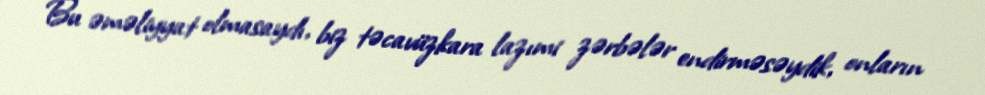
Bu əməliyyat olmasaydı, biz təcavüzkara lazımi zərbələr endirməsəydik, onların